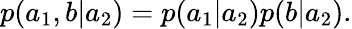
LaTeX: \begin{array}{r}{p(a_{1},b|a_{2})=p(a_{1}|a_{2})p(b|a_{2}).}\end{array}